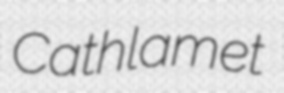
Cathlamet